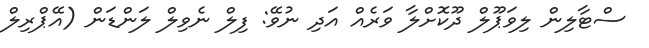
ސްޓާލިން ލިވަޕޫލް ދޫކޮށްލާ ވަރެއް އަދި ނުވޭ: ފިލް ނެވިލް ލަންޑަން (އޭޕްރިލް